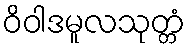
ဝိဝါဒမူလသုတ္တံ